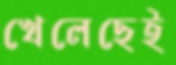
খেলেছেই